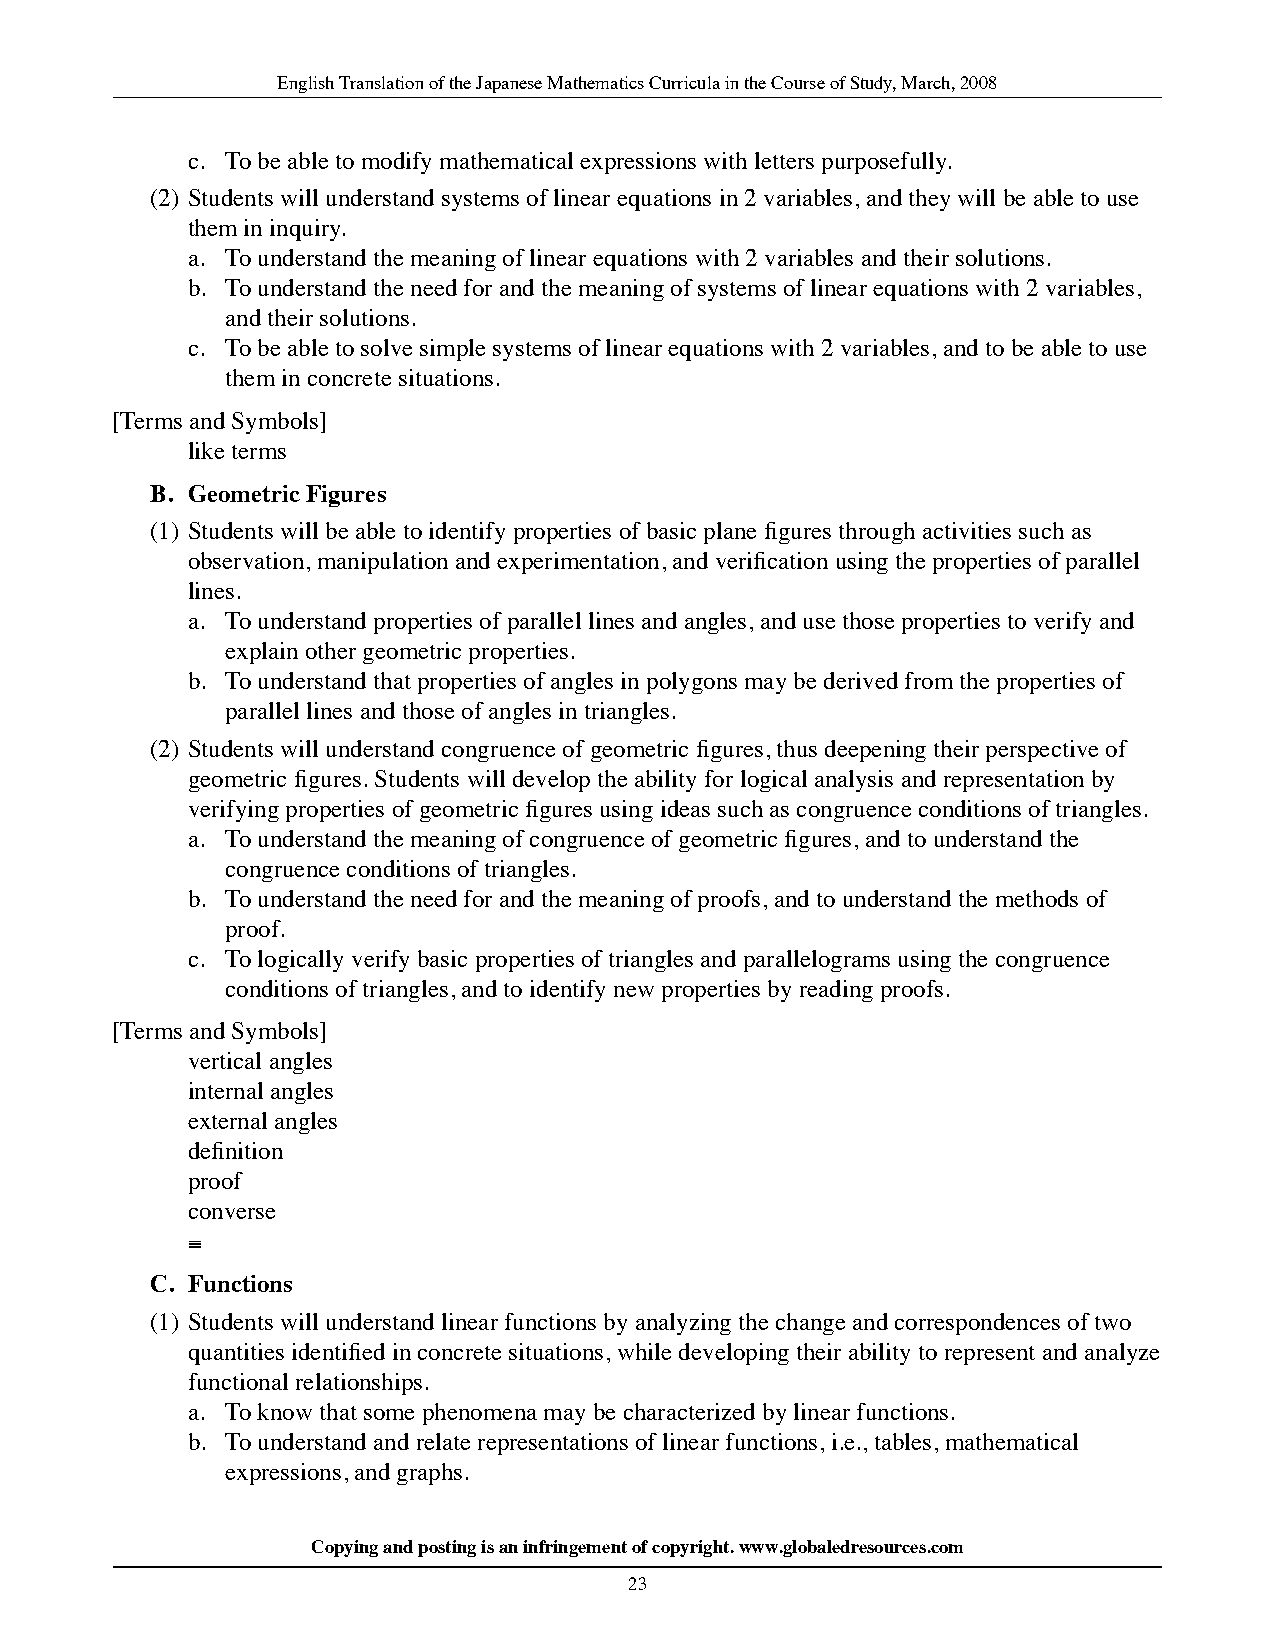
English Translation of the Japanese Mathematics Curricula in the Course of Study, March, 2008
 c. To be able to modify mathematical expressions with letters purposefully.
 (2) Students will understand systems of linear equations in 2 variables, and they will be able to use
 them in inquiry.
 a. To understand the meaning of linear equations with 2 variables and their solutions.
 b. To understand the need for and the meaning of systems of linear equations with 2 variables,
 and their solutions.
 c. To be able to solve simple systems of linear equations with 2 variables, and to be able to use
 them in concrete situations.
 [Terms and Symbols]
 like terms
 b. Geometric figures
 (1) Students will be able to identify properties of basic plane figures through activities such as
 observation, manipulation and experimentation, and verification using the properties of parallel
 lines.
 a. To understand properties of parallel lines and angles, and use those properties to verify and
 explain other geometric properties.
 b. To understand that properties of angles in polygons may be derived from the properties of
 parallel lines and those of angles in triangles.
 (2) Students will understand congruence of geometric figures, thus deepening their perspective of
 geometric figures. Students will develop the ability for logical analysis and representation by
 verifying properties of geometric figures using ideas such as congruence conditions of triangles.
 a. To understand the meaning of congruence of geometric figures, and to understand the
 congruence conditions of triangles.
 b. To understand the need for and the meaning of proofs, and to understand the methods of
 proof.
 c. To logically verify basic properties of triangles and parallelograms using the congruence
 conditions of triangles, and to identify new properties by reading proofs.
 [Terms and Symbols]
 vertical angles
 internal angles
 external angles
 definition
 proof
 converse
 ≡
 C. functions
 (1) Students will understand linear functions by analyzing the change and correspondences of two
 quantities identified in concrete situations, while developing their ability to represent and analyze
 functional relationships.
 a. To know that some phenomena may be characterized by linear functions.
 b. To understand and relate representations of linear functions, i.e., tables, mathematical
 expressions, and graphs.
 Copying and posting is an infringement of copyright. www.globaledresources.com
 23